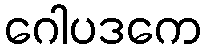
ဂေါပဒကေ